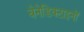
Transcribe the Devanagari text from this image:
बेनेडिक्टाइनों